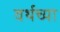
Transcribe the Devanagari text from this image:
वर्थच्या